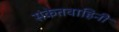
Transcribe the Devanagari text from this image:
संकेतवाहिनी